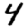
Digit: 4